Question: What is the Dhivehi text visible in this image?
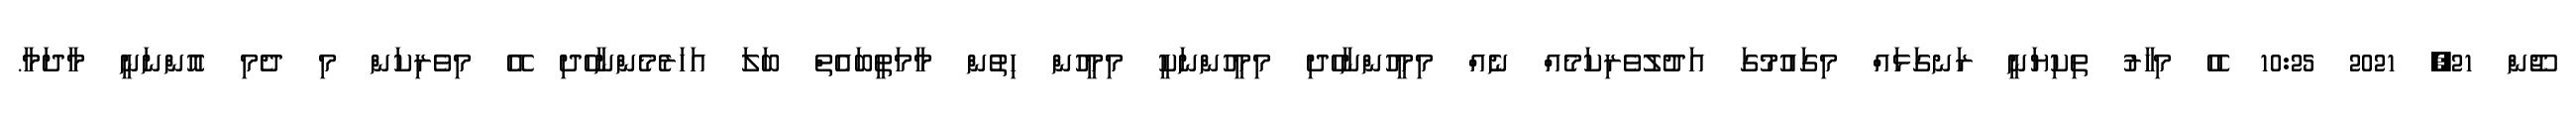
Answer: ޖޫން 21, 2021 10:25 ހެހެ މިހާރު ތިކިޔަނީ ރަނގަޅައް މިގައުމުގަ އަދުލުވެރިކަމެއް ނެއް މިމީހުންނާހެދި މިމީހުންނަކީ މިމީހުން ހިތުން މާމަތީބައެތް ބަލަ އަހަރެމެންނާހެދި އޭ މިވެރިކަން މި ދެމި އޮންނަނީ މާދަމާ.